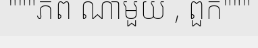
"""ភព ណាមួយ , ពួក"""